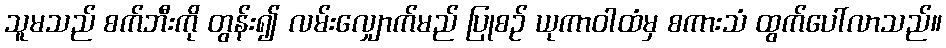
သူမသည် စက်ဘီးကို တွန်း၍ လမ်းလျှောက်မည် ပြုစဉ် ယုကာဝါထံမှ စကားသံ ထွက်ပေါ်လာသည်။